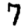
Digit: 7